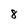
Character: 8